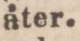
äter.